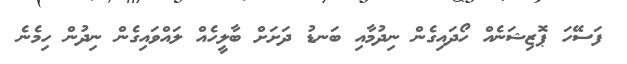
ފަސޭހަ ޕޮޒިޝަނެއް ހޯދައިގެން ނިދުމާއި ބަނޑު ދަށަށް ބާލީހެއް ލައްވައިގެން ނިދުން ހިމެނެ